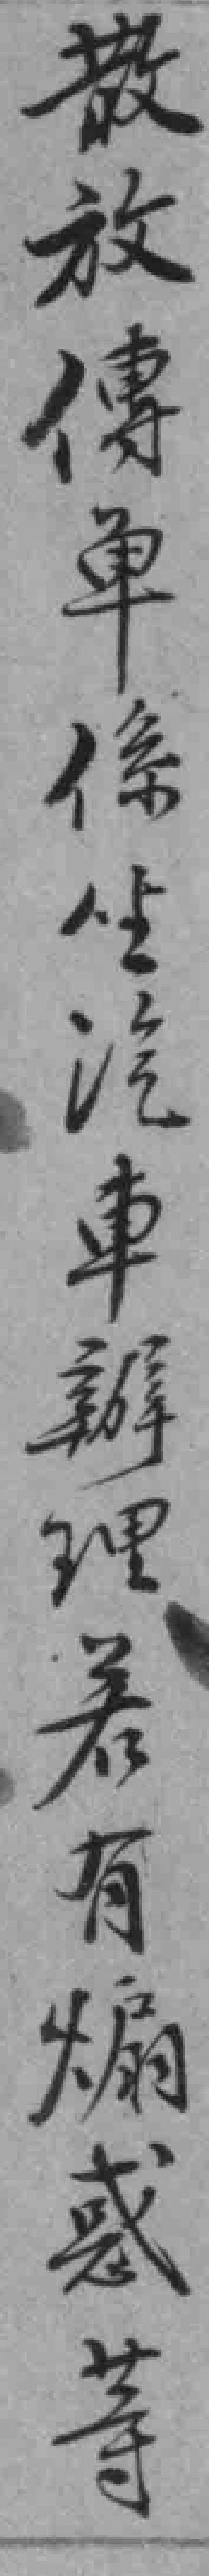
散放傳单係坐汽車辦理若有煽惑等